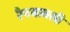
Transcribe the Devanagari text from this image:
रैनबाक्सी